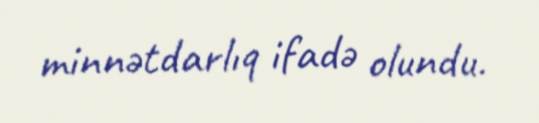
minnətdarlıq ifadə olundu.